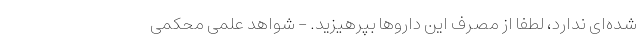
شده‌ای ندارد، لطفاً از مصرف این داروها بپرهیزید. - شواهد علمی محکمی